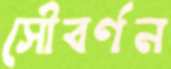
সৌবর্ণন